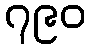
၇၉၀